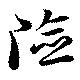
険